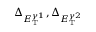
\Delta _ { E _ { \mathrm { T } } ^ { \gamma 1 } } , \Delta _ { E _ { \mathrm { T } } ^ { \gamma 2 } }